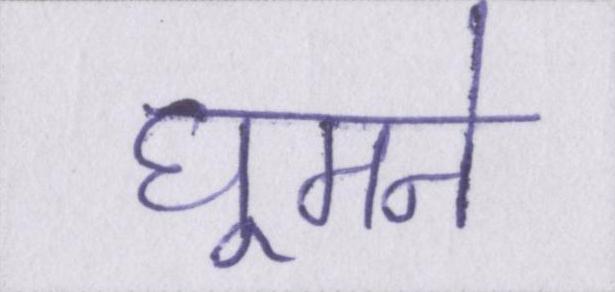
घूमने